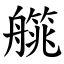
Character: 艞